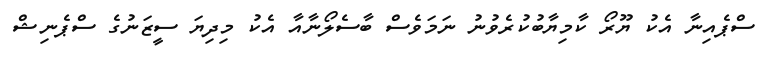
ސްޕެއިނާ އެކު ޔޫރޯ ކާމިޔާބުކުރެވުނު ނަމަވެސް ބާސެލޯނާއާ އެކު މިދިޔަ ސީޒަނުގެ ސްޕެނިޝް